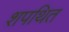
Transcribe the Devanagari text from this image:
शपथित